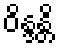
ဝိန္ဒန္တိ